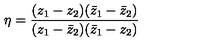
\eta = \frac { ( z _ { 1 } - z _ { 2 } ) ( \bar { z } _ { 1 } - \bar { z } _ { 2 } ) } { ( z _ { 1 } - \bar { z } _ { 2 } ) ( \bar { z } _ { 1 } - z _ { 2 } ) }